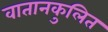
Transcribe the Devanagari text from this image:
वातानकुलित